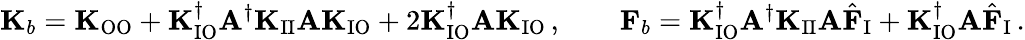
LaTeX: \mathbf{K}_{b}=\mathbf{K}_{\mathrm{OO}}+\mathbf{K}_{\mathrm{IO}}^{\dagger}\mathbf{A}^{\dagger}\mathbf{K}_{\mathrm{II}}\mathbf{A}\mathbf{K}_{\mathrm{IO}}+2\mathbf{K}_{\mathrm{IO}}^{\dagger}\mathbf{A}\mathbf{K}_{\mathrm{IO}}\, ,\qquad\mathbf{F}_{b}=\mathbf{K}_{\mathrm{IO}}^{\dagger}\mathbf{A}^{\dagger}\mathbf{K}_{\mathrm{II}}\mathbf{A}\hat{\mathbf{F}}_{\mathrm{I}}+\mathbf{K}_{\mathrm{IO}}^{\dagger}\mathbf{A}\hat{\mathbf{F}}_{\mathrm{I}}\, .